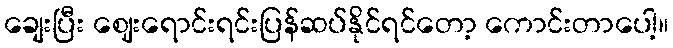
ချေးပြီး ဈေးရောင်းရင်းပြန်ဆပ်နိုင်ရင်တော့ ကောင်းတာပေါ့။